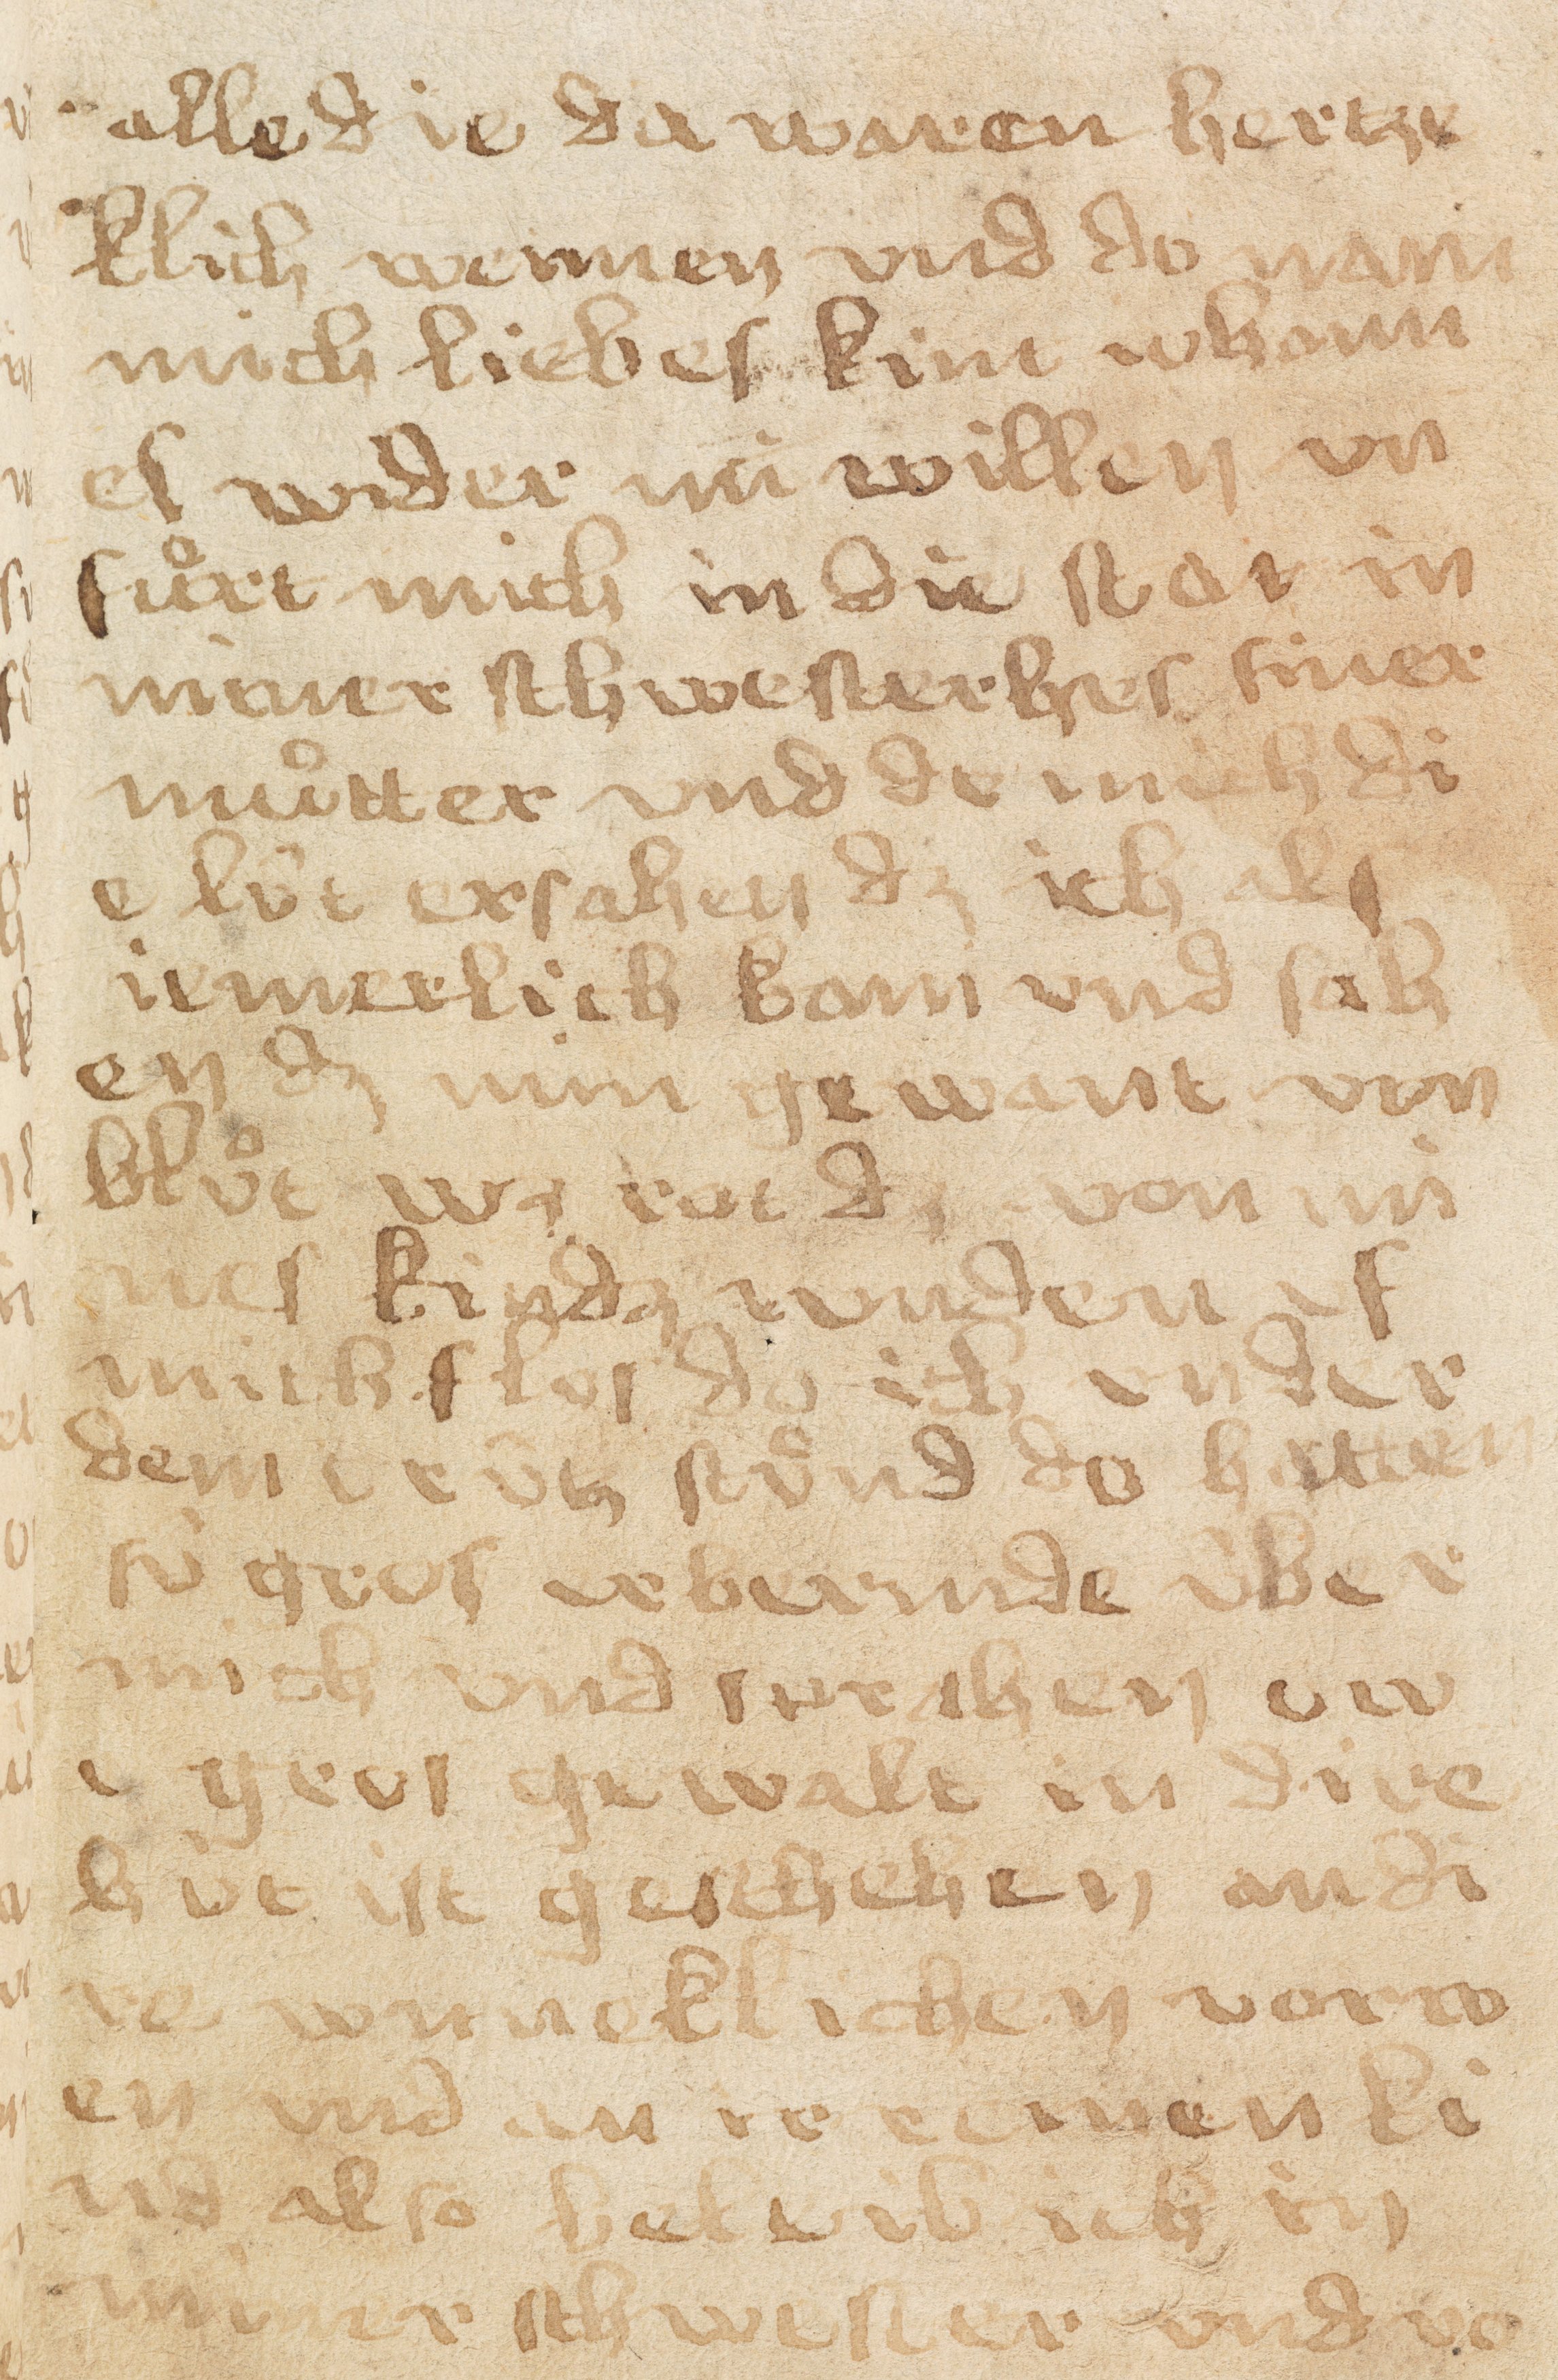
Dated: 1433–1465